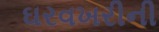
ઘરવખરીની